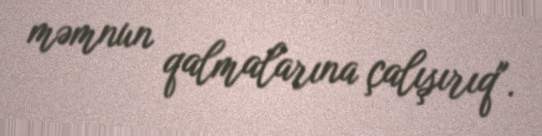
məmnun qalmalarına çalışırıq".